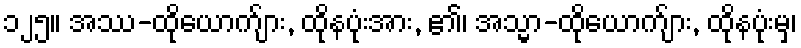
၁၂၅။ အဿ-ထိုယောက်ျား, ထိုနပုံးအား, ၏၊ အသ္မာ-ထိုယောက်ျား, ထိုနပုံးမှ၊